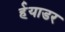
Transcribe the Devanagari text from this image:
र्हयाडर